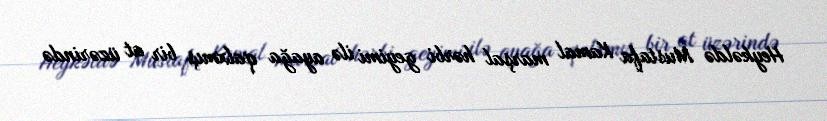
Heykəldə Mustafa Kamal marşal hərbi geyimi ilə ayağa qalxmış bir at üzərində